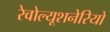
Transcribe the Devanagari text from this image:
रेवोल्यूशनेरियो